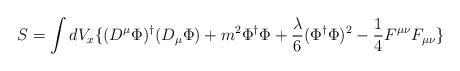
\begin{align*}S=\int dV_x\lbrace(D^\mu\Phi)^{\dagger}(D_\mu\Phi)+m^2\Phi^{\dagger}\Phi+\frac{\lambda}{6}(\Phi^{\dagger}\Phi)^2 -\frac{1}{4}F^{\mu\nu}F_{\mu\nu}\rbrace\end{align*}